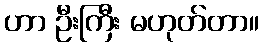
ဟာ ဦးကြီး မဟုတ်တာ။